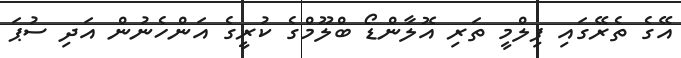
އޭގެ ތެރޭގައި ފިލްމީ ތަރި އޮލާންޑޯ ބްލޫމްގެ ކުރީގެ އަންހެނުން އަދި ސުޕަ